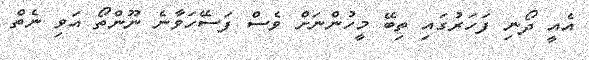
އެއީ ދޯނި ފަހަރުގައި ތިބޭ މީހުންނަށް ވެސް ފަސޭހަވާނެ ނޫންތޯ އަވި ނެތް